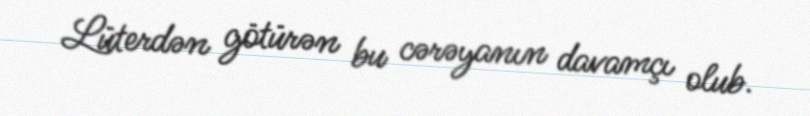
Lüterdən götürən bu cərəyanın davamçı olub.